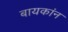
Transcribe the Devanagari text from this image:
बायकांन